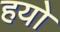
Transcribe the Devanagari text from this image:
हयो